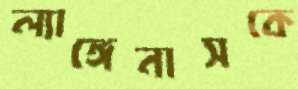
ল্যাঙ্গেনাসকে